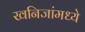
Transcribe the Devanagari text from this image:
खनिजांमध्ये